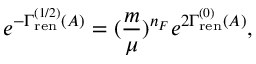
e ^ { - \Gamma _ { \mathrm { r e n } } ^ { ( 1 / 2 ) } ( A ) } = ( { \frac { m } { \mu } } ) ^ { n _ { F } } e ^ { 2 \Gamma _ { \mathrm { r e n } } ^ { ( 0 ) } ( A ) } ,